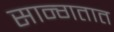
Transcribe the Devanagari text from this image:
सान्गतात